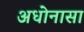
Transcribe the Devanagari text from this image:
अधोनासा